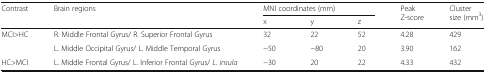
<table><thead><tr><td rowspan="2"><b>Contrast</b></td><td rowspan="2"><b>Brain regions</b></td><td colspan="3"><b>MNI coordinates (mm)</b></td><td rowspan="2"><b>Peak Z-score</b></td><td rowspan="2"><b>Cluster size (mm<sup>3</sup>)</b></td></tr><tr><td><b>x</b></td><td><b>y</b></td><td><b>z</b></td></tr></thead><tbody><tr><td rowspan="2">MCI&gt;HC</td><td>R. Middle Frontal Gyrus/ R. Superior Frontal Gyrus</td><td>32</td><td>22</td><td>52</td><td>4.28</td><td>429</td></tr><tr><td>L. Middle Occipital Gyrus/ L. Middle Temporal Gyrus</td><td>−50</td><td>−80</td><td>20</td><td>3.90</td><td>162</td></tr><tr><td>HC&gt;MCI</td><td>L. Middle Frontal Gyrus/ L. Inferior Frontal Gyrus/ <i>L. insula</i></td><td>−30</td><td>20</td><td>22</td><td>4.33</td><td>432</td></tr></tbody></table>